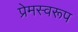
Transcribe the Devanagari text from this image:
प्रेमस्वरूप